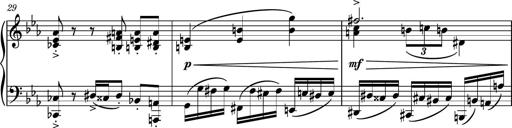
Title: Piano Sonatina No.5
Composer: Dimitri Sykias
Key: C minor